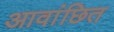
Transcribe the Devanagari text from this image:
आवांछित